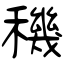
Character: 穖